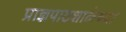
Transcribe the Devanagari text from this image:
प्राज्ञपाठशाळेच्या